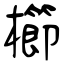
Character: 櫛